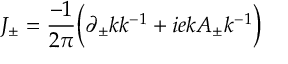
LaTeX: J _ { \pm } = \frac { - 1 } { 2 \pi } \Big ( \partial _ { \pm } k k ^ { - 1 } + i e k A _ { \pm } k ^ { - 1 } \Big )